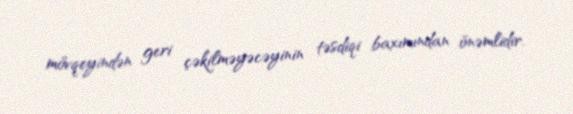
mövqeyindən geri çəkilməyəcəyinin təsdiqi baxımından önəmlidir.